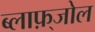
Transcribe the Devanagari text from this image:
ब्लाफ़्जोल